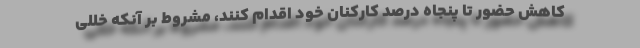
کاهش حضور تا پنجاه درصد کارکنان خود اقدام کنند، مشروط بر آنکه خللی